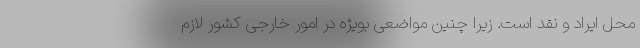
محل ایراد و نقد است. زیرا چنین مواضعی بویژه در امور خارجی کشور لازم